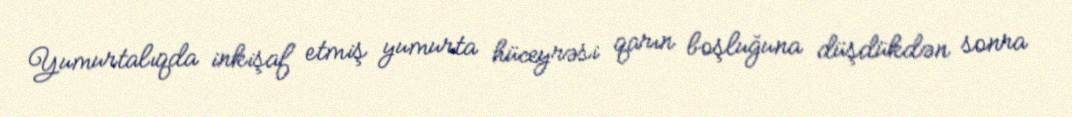
Yumurtalıqda inkişaf etmiş yumurta hüceyrəsi qarın boşluğuna düşdükdən sonra